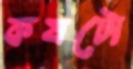
কষটো